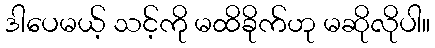
ဒါပေမယ့် သင့်ကို မထိခိုက်ဟု မဆိုလိုပါ။